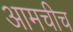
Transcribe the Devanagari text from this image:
आमचीच